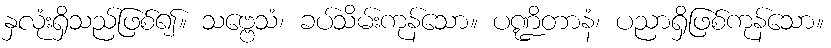
နှလုံးရှိသည်ဖြစ်၍။ သဗ္ဗေသံ၊ ခပ်သိမ်းကုန်သော။ ပဏ္ဍိတာနံ၊ ပညာရှိဖြစ်ကုန်သော။